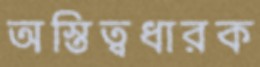
অস্তিত্বধারক